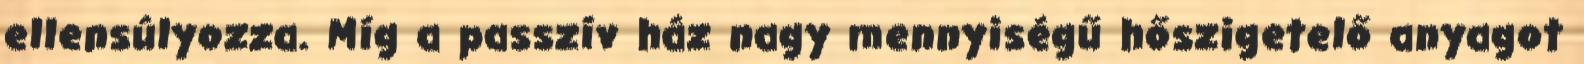
ellensúlyozza. Míg a passzív ház nagy mennyiségű hőszigetelő anyagot